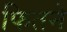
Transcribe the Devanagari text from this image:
फितने